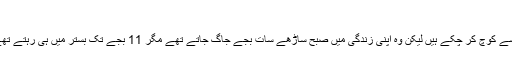
-2 ونسٹن چرچل:
سابق برطانوی وزیراعظم چرچل بھی اس جہان فانی سے کوچ کر چکے ہیں لیکن وہ اپنی زندگی میں صبح ساڑھے سات بجے جاگ جاتے تھے مگر 11 بجے تک بستر میں ہی رہتے تھے اور اس دوران ناشتہ کرتے اور اخبار پڑھتے تھے۔